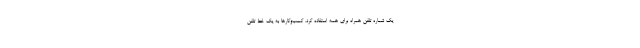
یک شماره تلفن همراه برای همه استفاده کرد. کسب‌وکارها به یک خط تلفن